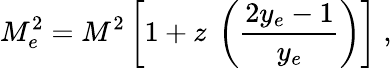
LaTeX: M_{e}^{2}=M^{2}\left[1+z~\left({\frac{2y_{e}-1}{y_{e}}}\right)\right]\; ,